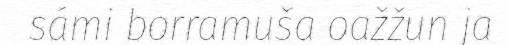
sámi borramuša oažžun ja